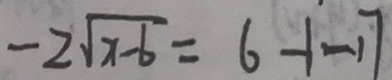
- 2 \sqrt { x - 6 } = 6 - 1 - 1 7